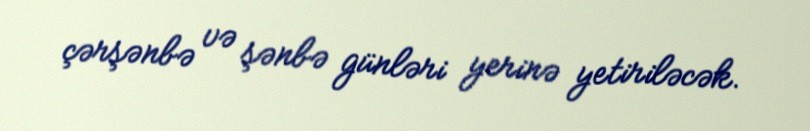
çərşənbə və şənbə günləri yerinə yetiriləcək.